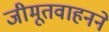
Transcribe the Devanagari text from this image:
जीमूतवाहनने